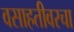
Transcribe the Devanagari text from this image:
वसाहतीवरचा